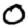
Digit: 0